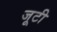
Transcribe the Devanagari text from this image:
जूटी